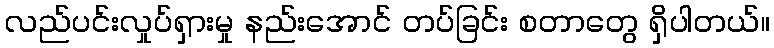
လည်ပင်းလှုပ်ရှားမှု နည်းအောင် တပ်ခြင်း စတာတွေ ရှိပါတယ်။